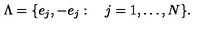
\Lambda = \{ e _ { j } , - e _ { j } : \quad j = 1 , \ldots , N \} .